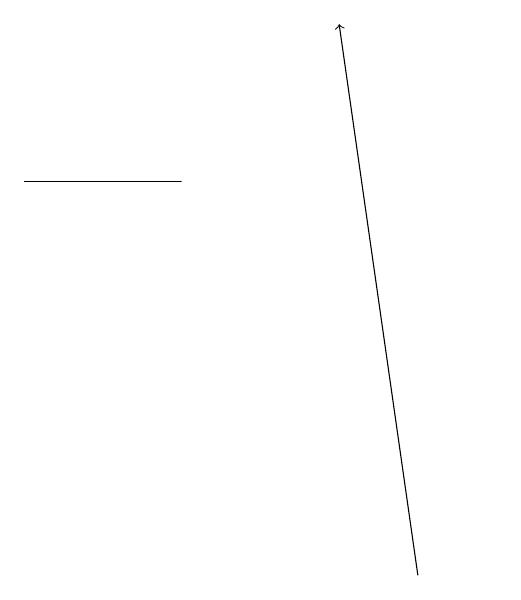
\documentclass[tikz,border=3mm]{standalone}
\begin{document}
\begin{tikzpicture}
\draw[->] (5,12) -- (4,19);
\draw (6,12) rectangle (6,12);
\draw (0,17) rectangle (2,17);
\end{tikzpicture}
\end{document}